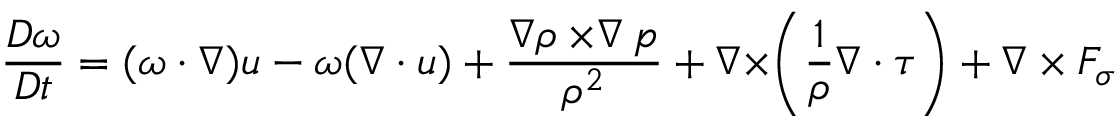
\frac { D \boldsymbol { \omega } } { D t } = ( \boldsymbol { \omega \cdot \nabla } ) \boldsymbol { u } - \boldsymbol { \omega } ( \boldsymbol { \nabla \cdot u } ) + \frac { \boldsymbol { \nabla } \rho \boldsymbol { \times \nabla } p } { \rho ^ { 2 } } + \boldsymbol { \nabla \times } \bigg ( \frac { 1 } { \rho } \boldsymbol { \nabla \cdot \tau } \bigg ) + \boldsymbol { \nabla \times F _ { \sigma } }